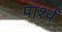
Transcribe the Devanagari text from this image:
पार्श्वं